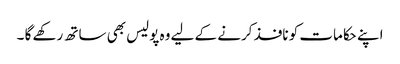
اپنے حکامات کو نافذ کرنے کے لیے وہ پولیس بھی ساتھ رکھے گا ۔